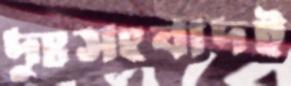
দুঃসংবাদই